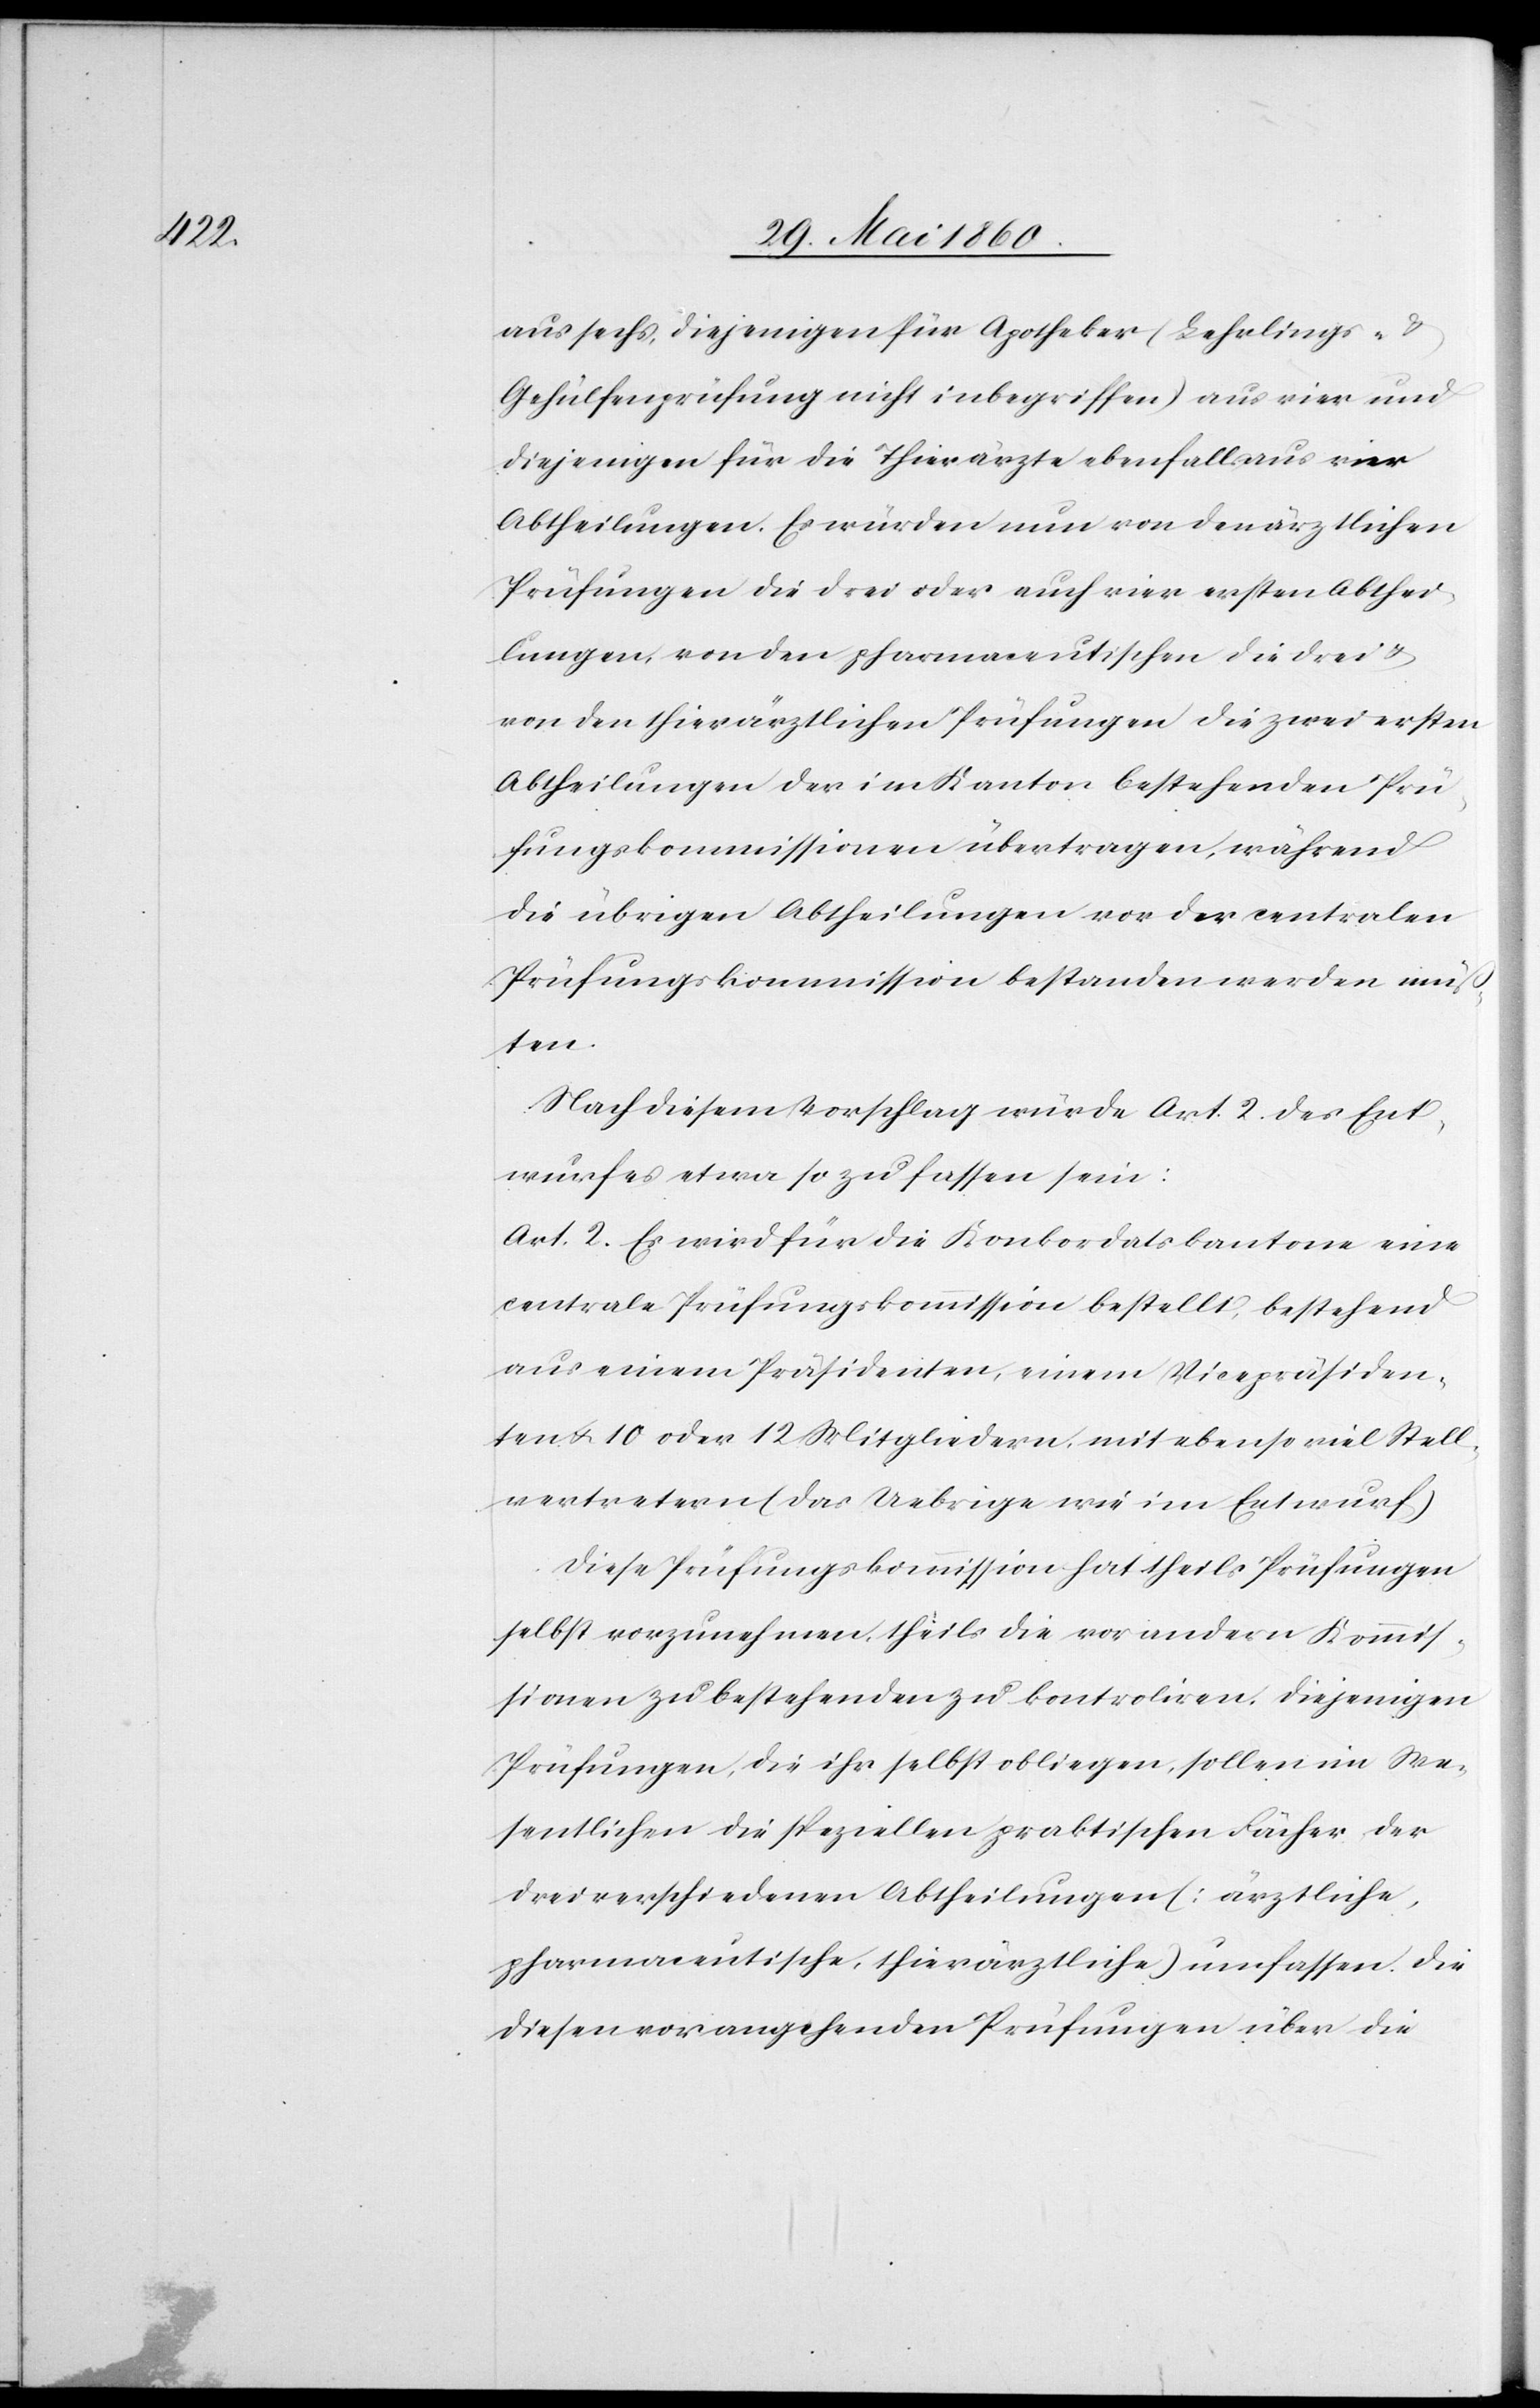
aus sechs, diejenigen für Apotheker (Lehrlings- u.
Gehülfenprüfung nicht inbegriffen) aus vier und
diejenigen für die Thierärzte ebenfalls aus vier
Abtheilungen. Es würden nun von den ärztlichen
Prüfungen die drei oder auch vier ersten Abthei¬
lungen, von den pharmaceutlichen die drei u.
von den thierärztlichen Prüfungen die zwei ersten
Abtheilungen der im Kanton bestehenden Prü¬
fungskommissionen übertragen, während
die übrigen Abtheilungen vor der centralen
Prüfungskommission bestanden werden müs¬
sten.
Nach diesem Vorschlag würde Art. 2. des Ent¬
wurfes etwa so zu fassen sein:
Art. 2. Es wird für die Konkordatskantone eine
centrale Prüfungskommission bestellt, bestehend
aus einem Präsidenten, einem Vicepräsiden¬
ten u. 10 oder 12 Mitgliedern, mit ebenso viel Stell¬
vertretern (Das Uebrige wie im Entwurf)
Diese Prüfungskommission hat theils Prüfungen
selbst vorzunehmen, theils die vor andern Kommis¬
sionen zu bestehenden zu kontroliren. Diejenigen
Prüfungen, die ihr selbst obliegen, sollen im We¬
sentlichen die speziellen praktischen Fächer der
drei verschiedenen Abtheilungen (ärztliche,
pharmaceutische, thierärztliche) umfassen. Die
diesen vorangehenden Prüfungen über die